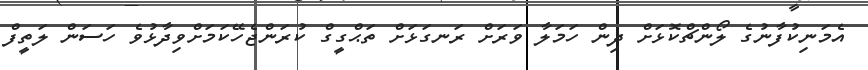
އެމަނިކުފާނުގެ ލޯންޗްކޮޅަށް ދިން ހަމަލާ ވަރަށް ރަނގަޅަށް ތަޙްގީގް ކުރަންޖެހޭކަމަށްވިދާޅުވެ ހަސަން ލަތީފް